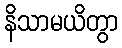
နိသာမယိတွာ